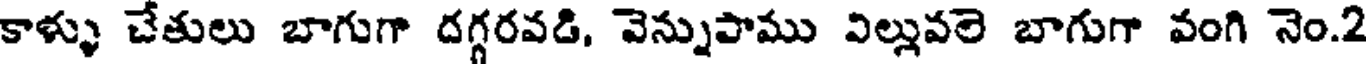
కాళ్ళు చేతులు బాగుగా దగ్గరవడి, వెన్నుపాము విల్లువలె బాగుగా వంగి నెం.2